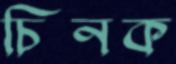
চিনক